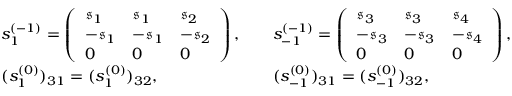
\begin{array} { r l r l } & { s _ { 1 } ^ { ( - 1 ) } = \left( \begin{array} { l l l } { \mathfrak { s } _ { 1 } } & { \mathfrak { s } _ { 1 } } & { \mathfrak { s } _ { 2 } } \\ { - \mathfrak { s } _ { 1 } } & { - \mathfrak { s } _ { 1 } } & { - \mathfrak { s } _ { 2 } } \\ { 0 } & { 0 } & { 0 } \end{array} \right) , } & & { s _ { - 1 } ^ { ( - 1 ) } = \left( \begin{array} { l l l } { \mathfrak { s } _ { 3 } } & { \mathfrak { s } _ { 3 } } & { \mathfrak { s } _ { 4 } } \\ { - \mathfrak { s } _ { 3 } } & { - \mathfrak { s } _ { 3 } } & { - \mathfrak { s } _ { 4 } } \\ { 0 } & { 0 } & { 0 } \end{array} \right) , } \\ & { ( s _ { 1 } ^ { ( 0 ) } ) _ { 3 1 } = ( s _ { 1 } ^ { ( 0 ) } ) _ { 3 2 } , } & & { ( s _ { - 1 } ^ { ( 0 ) } ) _ { 3 1 } = ( s _ { - 1 } ^ { ( 0 ) } ) _ { 3 2 } , } \end{array}